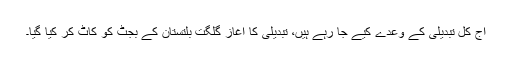
آج کل تبدیلی کے وعدے کیے جا رہے ہیں، تبدیلی کا آغاز گلگت بلتستان کے بجٹ کو کاٹ کر کیا گیا۔